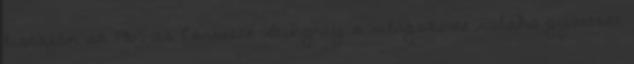
listáján az 1963-as Corvette Stingray a világszerte valaha gyártott